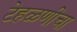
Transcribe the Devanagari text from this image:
टेहळणीचा